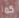
كما